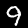
Label: 9